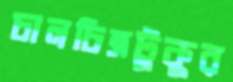
চালচিত্রটুকুর